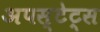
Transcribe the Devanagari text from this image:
अपस्टेट्स